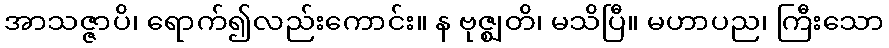
အာသဇ္ဇာပိ၊ ရောက်၍လည်းကောင်း။ န ဗုဇ္ဈတိ၊ မသိပြီ။ မဟာပည၊ ကြီးသော